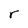
Character: r